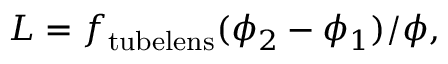
L = f _ { \mathrm { t u b e l e n s } } ( \phi _ { 2 } - \phi _ { 1 } ) / \phi ,